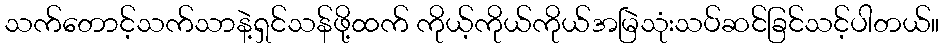
သက်တောင့်သက်သာနဲ့ရှင်သန်ဖို့ထက် ကိုယ့်ကိုယ်ကိုယ်အမြဲသုံးသပ်ဆင်ခြင်သင့်ပါတယ်။